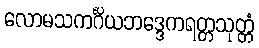
လောမသကင်္ဂိယဘဒ္ဒေကရတ္တသုတ္တံ